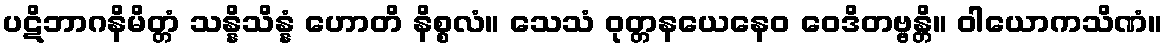
ပဋိဘာဂနိမိတ္တံ သန္နိသိန္နံ ဟောတိ နိစ္စလံ။ သေသံ ဝုတ္တနယေနေဝ ဝေဒိတဗ္ဗန္တိ။ ဝါယောကသိဏံ။